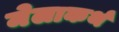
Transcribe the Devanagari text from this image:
मेलाकर्थ